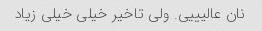
نان عالیییی. ولی تاخیر خیلی خیلی زیاد